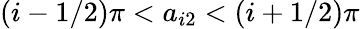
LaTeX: (i-1/2)\pi<a_{i2}<(i+1/2)\pi